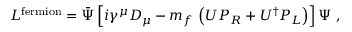
{ \cal L } ^ { \mathrm { f e r m i o n } } = \bar { \Psi } \left[ i \gamma ^ { \mu } D _ { \mu } - m _ { f } \, \left( U P _ { R } + U ^ { \dagger } P _ { L } \right) \right] \Psi \ ,